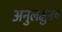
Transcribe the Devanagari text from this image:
अनुलक्षुनच